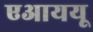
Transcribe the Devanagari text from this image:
एआययू